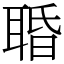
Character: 䎽